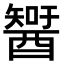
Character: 𨢮